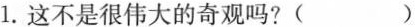
1.这不是很伟大的奇观吗？( )